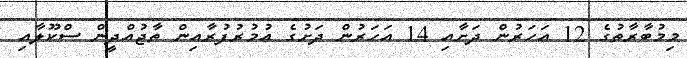
މިމުބާރާތުގެ 12 އަހަރުން ދަށާއި 14 އަހަރުން ދަށުގެ އުމުރުފުރާއިން ތާޖުއްދީން ސްކޫލާއި